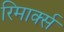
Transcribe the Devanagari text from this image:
रिमार्क्स